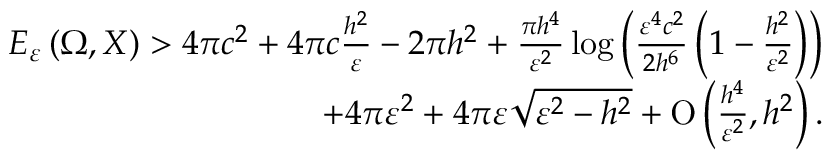
\begin{array} { r } { E _ { \varepsilon } \left( \Omega , X \right) > 4 \pi c ^ { 2 } + 4 \pi c \frac { h ^ { 2 } } { \varepsilon } - 2 \pi h ^ { 2 } + \frac { \pi h ^ { 4 } } { \varepsilon ^ { 2 } } \log { \left( \frac { \varepsilon ^ { 4 } c ^ { 2 } } { 2 h ^ { 6 } } \left( 1 - \frac { h ^ { 2 } } { \varepsilon ^ { 2 } } \right) \right) } } \\ { + 4 \pi \varepsilon ^ { 2 } + 4 \pi \varepsilon \sqrt { \varepsilon ^ { 2 } - h ^ { 2 } } + \ensuremath { \operatorname { O } \left( \frac { h ^ { 4 } } { \varepsilon ^ { 2 } } , h ^ { 2 } \right) } . } \end{array}